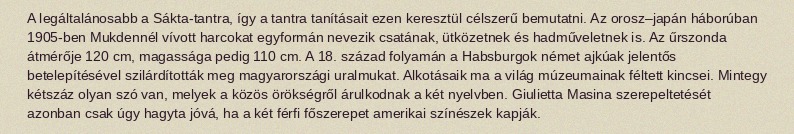
A legáltalánosabb a Sákta-tantra, így a tantra tanításait ezen keresztül célszerű bemutatni. Az orosz–japán háborúban 1905-ben Mukdennél vívott harcokat egyformán nevezik csatának, ütközetnek és hadműveletnek is. Az űrszonda átmérője 120 cm, magassága pedig 110 cm. A 18. század folyamán a Habsburgok német ajkúak jelentős betelepítésével szilárdították meg magyarországi uralmukat. Alkotásaik ma a világ múzeumainak féltett kincsei. Mintegy kétszáz olyan szó van, melyek a közös örökségről árulkodnak a két nyelvben. Giulietta Masina szerepeltetését azonban csak úgy hagyta jóvá, ha a két férfi főszerepet amerikai színészek kapják.